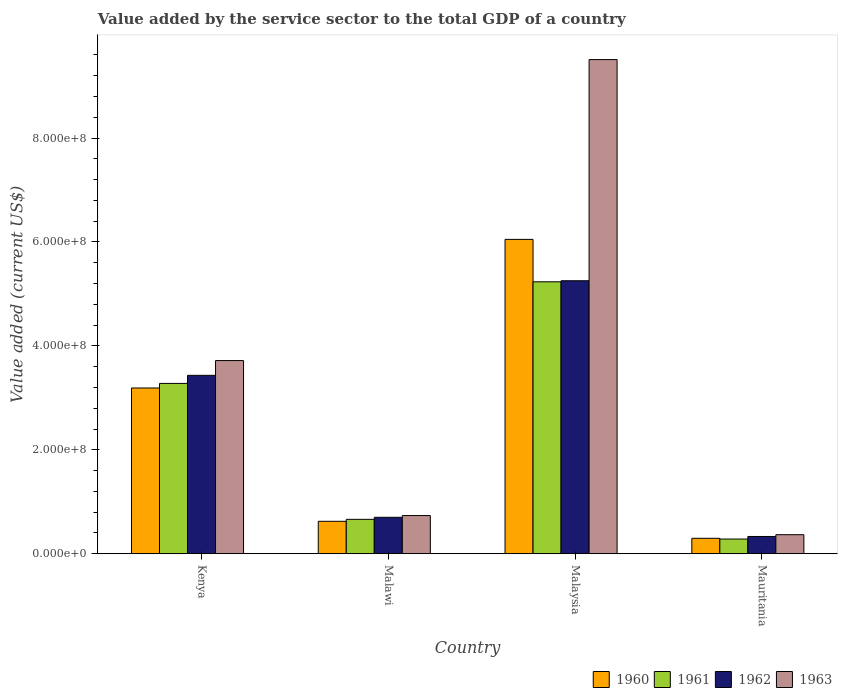
| Country | 1960 | 1961 | 1962 | 1963 |
 | --- | --- | --- | --- | --- |
 | Kenya | 3.19e+08 | 3.28e+08 | 3.43e+08 | 3.72e+08 |
 | Malawi | 6.24e+07 | 6.62e+07 | 7.01e+07 | 7.35e+07 |
 | Malaysia | 6.05e+08 | 5.23e+08 | 5.25e+08 | 9.51e+08 |
 | Mauritania | 2.97e+07 | 2.83e+07 | 3.32e+07 | 3.67e+07 |